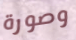
وصورة